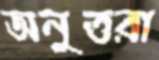
অনুত্তরা